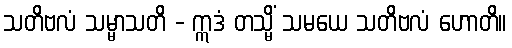
သတိဗလံ သမ္မာသတိ - ဣဒံ တသ္မိံ သမယေ သတိဗလံ ဟောတိ။